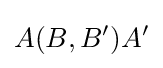
A(B,B')A'